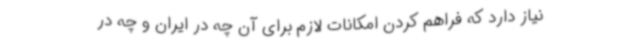
نیاز دارد که فراهم کردن امکانات لازم برای آن چه در ایران و چه در